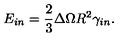
E _ { i n } = \frac { 2 } { 3 } \Delta \Omega R ^ { 2 } \gamma _ { i n } .